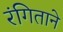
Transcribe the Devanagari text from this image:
रंगिताने